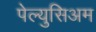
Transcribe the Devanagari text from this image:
पेल्युसिअम